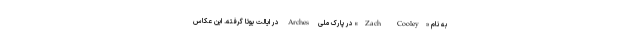
به نام «Zach Cooley» در پارک ملی Arches در ایالت یوتا گرفته. این عکاس